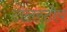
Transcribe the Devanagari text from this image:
टालस्टोय